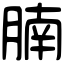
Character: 腩